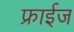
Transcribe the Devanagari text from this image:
फ्राईज